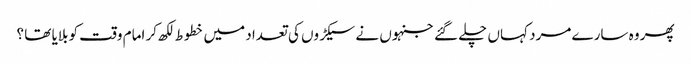
پھر وہ سارے مرد کہاں چلے گئے جنہوں نے سیکڑوں کی تعداد میں خطوط لکھ کر امام وقت کو بلایا تھا ؟